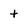
Character: t